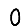
Digit: 0